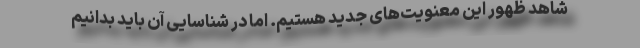
شاهد ظهور این معنویت‌های جدید هستیم. اما در شناسایی آن باید بدانیم